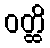
ဝတ္ထိ